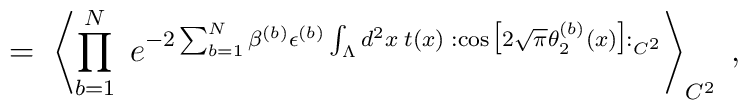
= \;\left\langle \prod_{b=1}^N \; e^{ -2 \sum_{b=1}^N \beta^{(b)} \epsilon^{(b)}\int_{\Lambda} d^2 x \; t(x) \;: \cos\big[ 2 \sqrt{\pi} \theta_2^{(b)}(x)  \big] :_{C^2} }\right\rangle_{C^2} \; ,